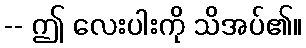
-- ဤ လေးပါးကို သိအပ်၏။